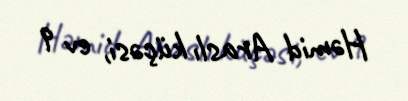
Həmid Araslı küçəsi, ev 9